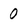
Character: 0